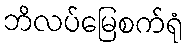
ဘိလပ်မြေစက်ရုံ